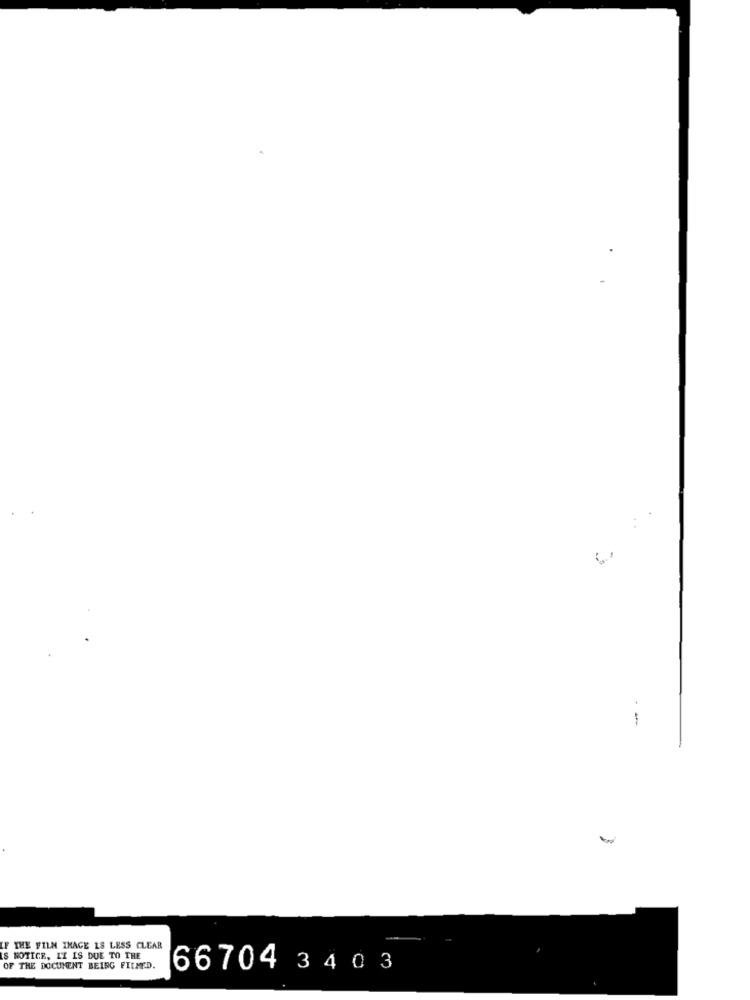
.
- -
IF THE FILM IMAGE IS LESS CLEAR
S NOTICE, IT IS DUE TO THE
OF THE DOCUMENT BEING FITMED.
66704 3 40 3